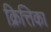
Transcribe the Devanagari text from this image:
क्रित्तिका